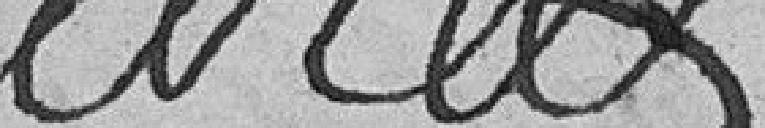
Belot